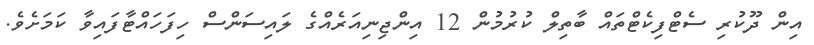
އިން ދޫކުރި ސެޓްފިކެޓްތައް ބާތިލް ކުރުމުން 12 އިންޖިނިއަރެއްގެ ލައިސަންސް ހިފަހައްޓާފައިވާ ކަމަށެވެ.